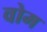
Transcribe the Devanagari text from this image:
वोम